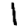
Digit: 1